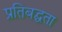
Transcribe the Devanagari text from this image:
प्रतिबद्घता